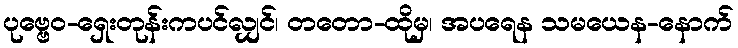
ပုဗ္ဗေဝ-ရှေးတုန်းကပင်လျှင်၊ တတော-ထိုမှ၊ အပရေန သမယေန-နောက်